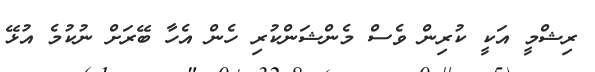
ރިޝްމީ އަކީ ކުރިން ވެސް މެންޝަންކުރި ހެން އެހާ ބޭރަށް ނުކުމެ އުޅޭ